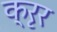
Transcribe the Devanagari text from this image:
क्रृर